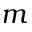
m